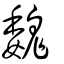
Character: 魏